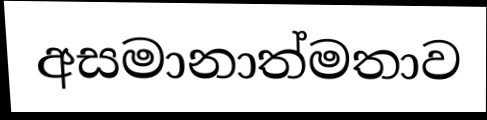
අසමානාත්මතාව